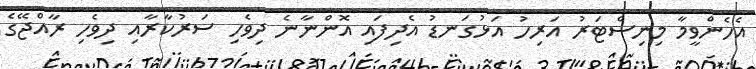
އެހެންވީމާ މިނިސްޓަރު އަރިހު އަޅުގަނޑު އެދިފައި އޮންނާނެ ދިވެހި ސަރުކާރާއި ދިވެހި ރާއްޖޭގެ